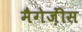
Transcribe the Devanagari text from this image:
मैगेज़ींस